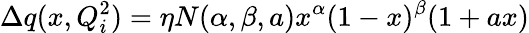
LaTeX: \Delta q(x,Q_{i}^{2})=\eta N(\alpha,\beta,a)x^{\alpha}(1-x)^{\beta}(1+ax)